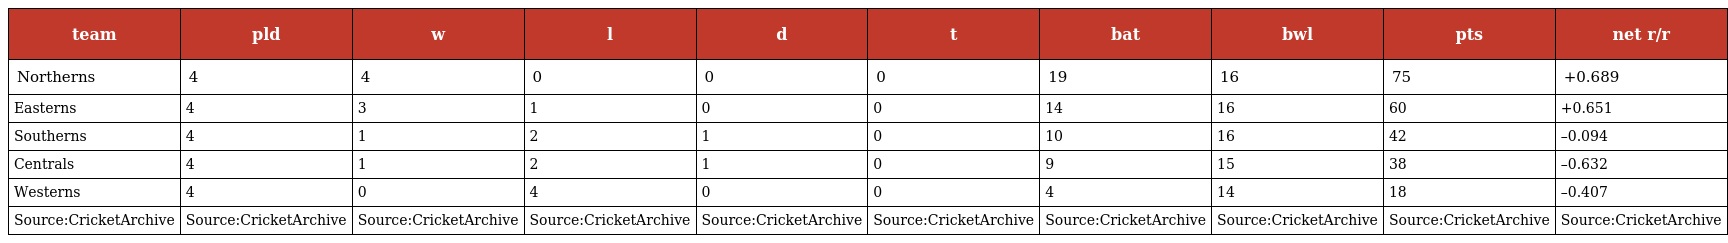
| team | pld | w | l | d | t | bat | bwl | pts | net r/r |
 | --- | --- | --- | --- | --- | --- | --- | --- | --- | --- |
 | Northerns | 4 | 4 | 0 | 0 | 0 | 19 | 16 | 75 | +0.689 |
 | Easterns | 4 | 3 | 1 | 0 | 0 | 14 | 16 | 60 | +0.651 |
 | Southerns | 4 | 1 | 2 | 1 | 0 | 10 | 16 | 42 | –0.094 |
 | Centrals | 4 | 1 | 2 | 1 | 0 | 9 | 15 | 38 | –0.632 |
 | Westerns | 4 | 0 | 4 | 0 | 0 | 4 | 14 | 18 | –0.407 |
 | Source:CricketArchive | Source:CricketArchive | Source:CricketArchive | Source:CricketArchive | Source:CricketArchive | Source:CricketArchive | Source:CricketArchive | Source:CricketArchive | Source:CricketArchive | Source:CricketArchive |